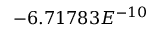
- 6 . 7 1 7 8 3 E ^ { - 1 0 }